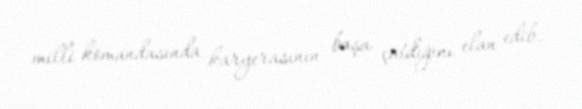
milli komandasında karyerasının başa çatdığını elan edib.